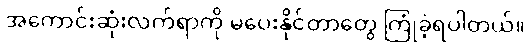
အကောင်းဆုံးလက်ရာကို မပေးနိုင်တာတွေ ကြုံခဲ့ရပါတယ်။